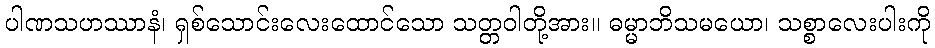
ပါဏသဟဿာနံ၊ ရှစ်သောင်းလေးထောင်သော သတ္တဝါတို့အား။ ဓမ္မာဘိသမယော၊ သစ္စာလေးပါးကို